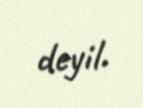
deyil.